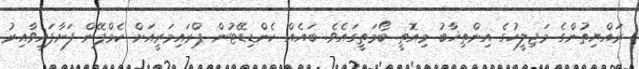
ރައްޔިތުންގެ މަޖިލީހުގެ އިންތިޚާބު މިއޮތީ ބޯމަތީގައެވެ. ބައެއް ކެންޑިޑޭޓުން ޕްރައިމަރީއަށް ކެމްޕޭން ފަށާފައިވާއިރު